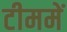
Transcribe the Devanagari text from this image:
टीममें